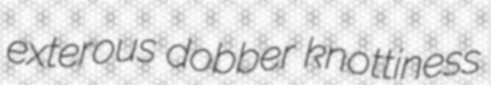
exterous dobber knottiness